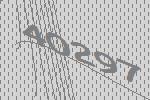
40297